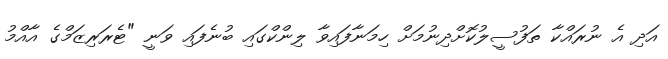
އަދި އެ ނުރައްކާ ތަފުސީލުކޮށްދިނުމަށް ހިމަނާފައިވާ ލިންކްގައި ބުނެފައި ވަނީ "ޓެރަރިޒަމްގެ އާއްމު